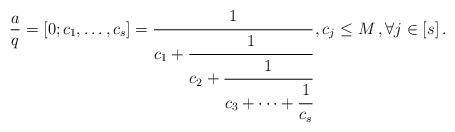
LaTeX: \begin{align*} \frac{a}{q} = [0;c_1,\dots,c_s] = \cfrac{1}{c_1 +\cfrac{1}{c_2 +\cfrac{1}{c_3+\cdots +\cfrac{1}{c_s}}}} \,, c_j \le M\,, \forall j\in [s]\,.\end{align*}